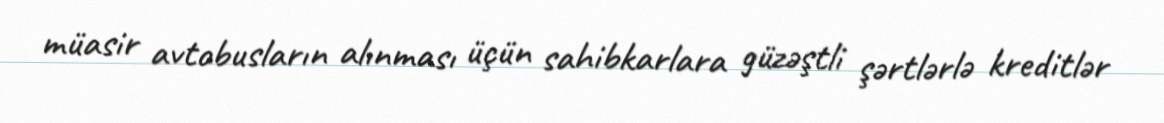
müasir avtobusların alınması üçün sahibkarlara güzəştli şərtlərlə kreditlər